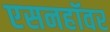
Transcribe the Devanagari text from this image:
एसनहॉवर